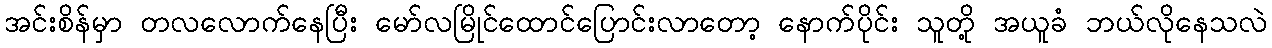
အင်းစိန်မှာ တလလောက်နေပြီး မော်လမြိုင်ထောင်ပြောင်းလာတော့ နောက်ပိုင်း သူတို့ အယူခံ ဘယ်လိုနေသလဲ